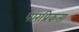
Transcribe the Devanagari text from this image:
पारंप्रिकता